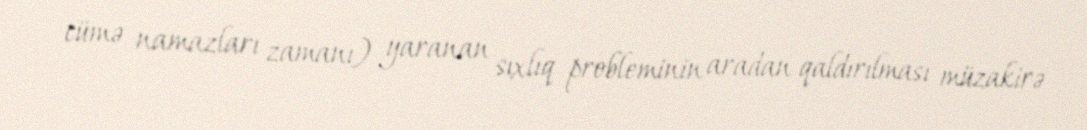
cümə namazları zamanı) yaranan sıxlıq probleminin aradan qaldırılması müzakirə